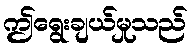
ဤရွေးချယ်မှုသည်